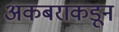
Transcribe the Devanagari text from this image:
अकबराकडून